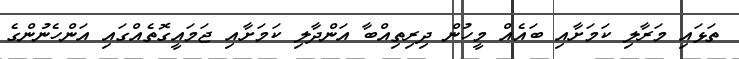
ތަޅައި މަރާލި ކަމަށާއި ބައެއް މީހުން ދިރިތިއްބާ އަންދާލި ކަމަށާއި ޖަމައީގޮތެއްގައި އަންހެނުންގެ